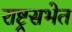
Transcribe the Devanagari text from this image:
राष्ट्रसभेत